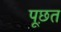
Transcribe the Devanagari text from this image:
पूछ़त